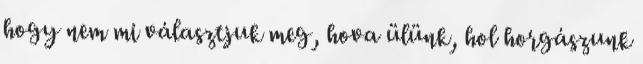
hogy nem mi választjuk meg, hova ülünk, hol horgászunk